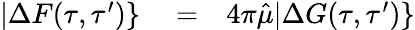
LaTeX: \begin{array}{rlr}{|\Delta F(\tau,\tau^{\prime})\} }&{{}=}&{4\pi\hat{\mu}|\Delta G(\tau,\tau^{\prime})\} }\end{array}